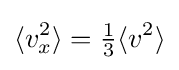
\langle v_{x}^{2}\rangle ={\tfrac {1}{3}}\langle v^{2}\rangle